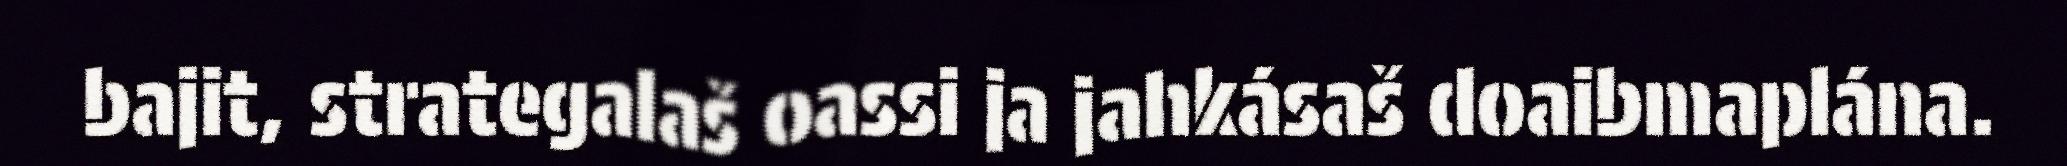
bajit, strategalaš oassi ja jahkásaš doaibmaplána.